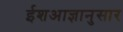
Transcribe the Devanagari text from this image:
ईशआज्ञानुसार